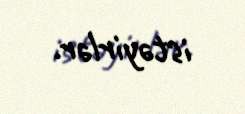
istəyirlər.